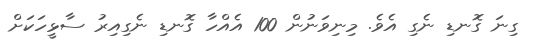
ގިނަ ގޮނޑި ނެގި އެވެ. މިނިވަނުން 100 އެއްހާ ގޮނޑި ނެގިއިރު ސާޅީހަކަށް